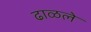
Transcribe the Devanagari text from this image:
ढाळले